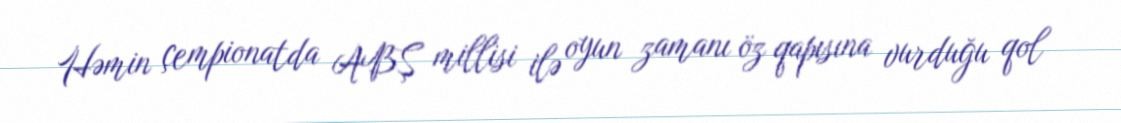
Həmin çempionatda ABŞ millisi ilə oyun zamanı öz qapısına vurduğu qol